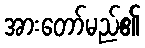
အားတော်မည်၏